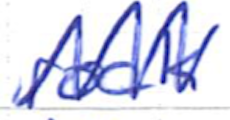
Text: rock
Cross-out: zig-zag
Writing tool: ballpoint